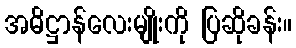
အဓိဋ္ဌာန်လေးမျိုးကို ပြဆိုခန်း။